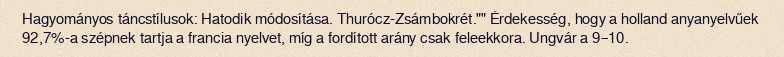
Hagyományos táncstílusok: Hatodik módosítása. Thurócz-Zsámbokrét."" Érdekesség, hogy a holland anyanyelvűek 92,7%-a szépnek tartja a francia nyelvet, míg a fordított arány csak feleekkora. Ungvár a 9–10.